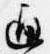
通